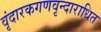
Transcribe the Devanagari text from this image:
वृंदारकगणवृन्दाराधित